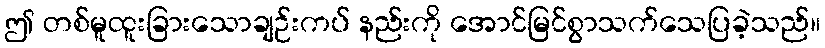
ဤ တစ်မူထူးခြားသောချဉ်းကပ် နည်းကို အောင်မြင်စွာသက်သေပြခဲ့သည်။